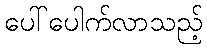
ပေါ်ပေါက်လာသည့်